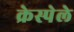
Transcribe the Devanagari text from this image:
क्रेस्पेले